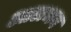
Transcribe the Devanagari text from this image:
आलभन